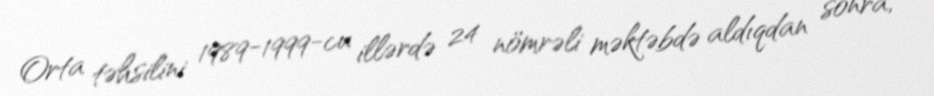
Orta təhsilini 1989-1999-cu illərdə 24 nömrəli məktəbdə aldıqdan sonra,